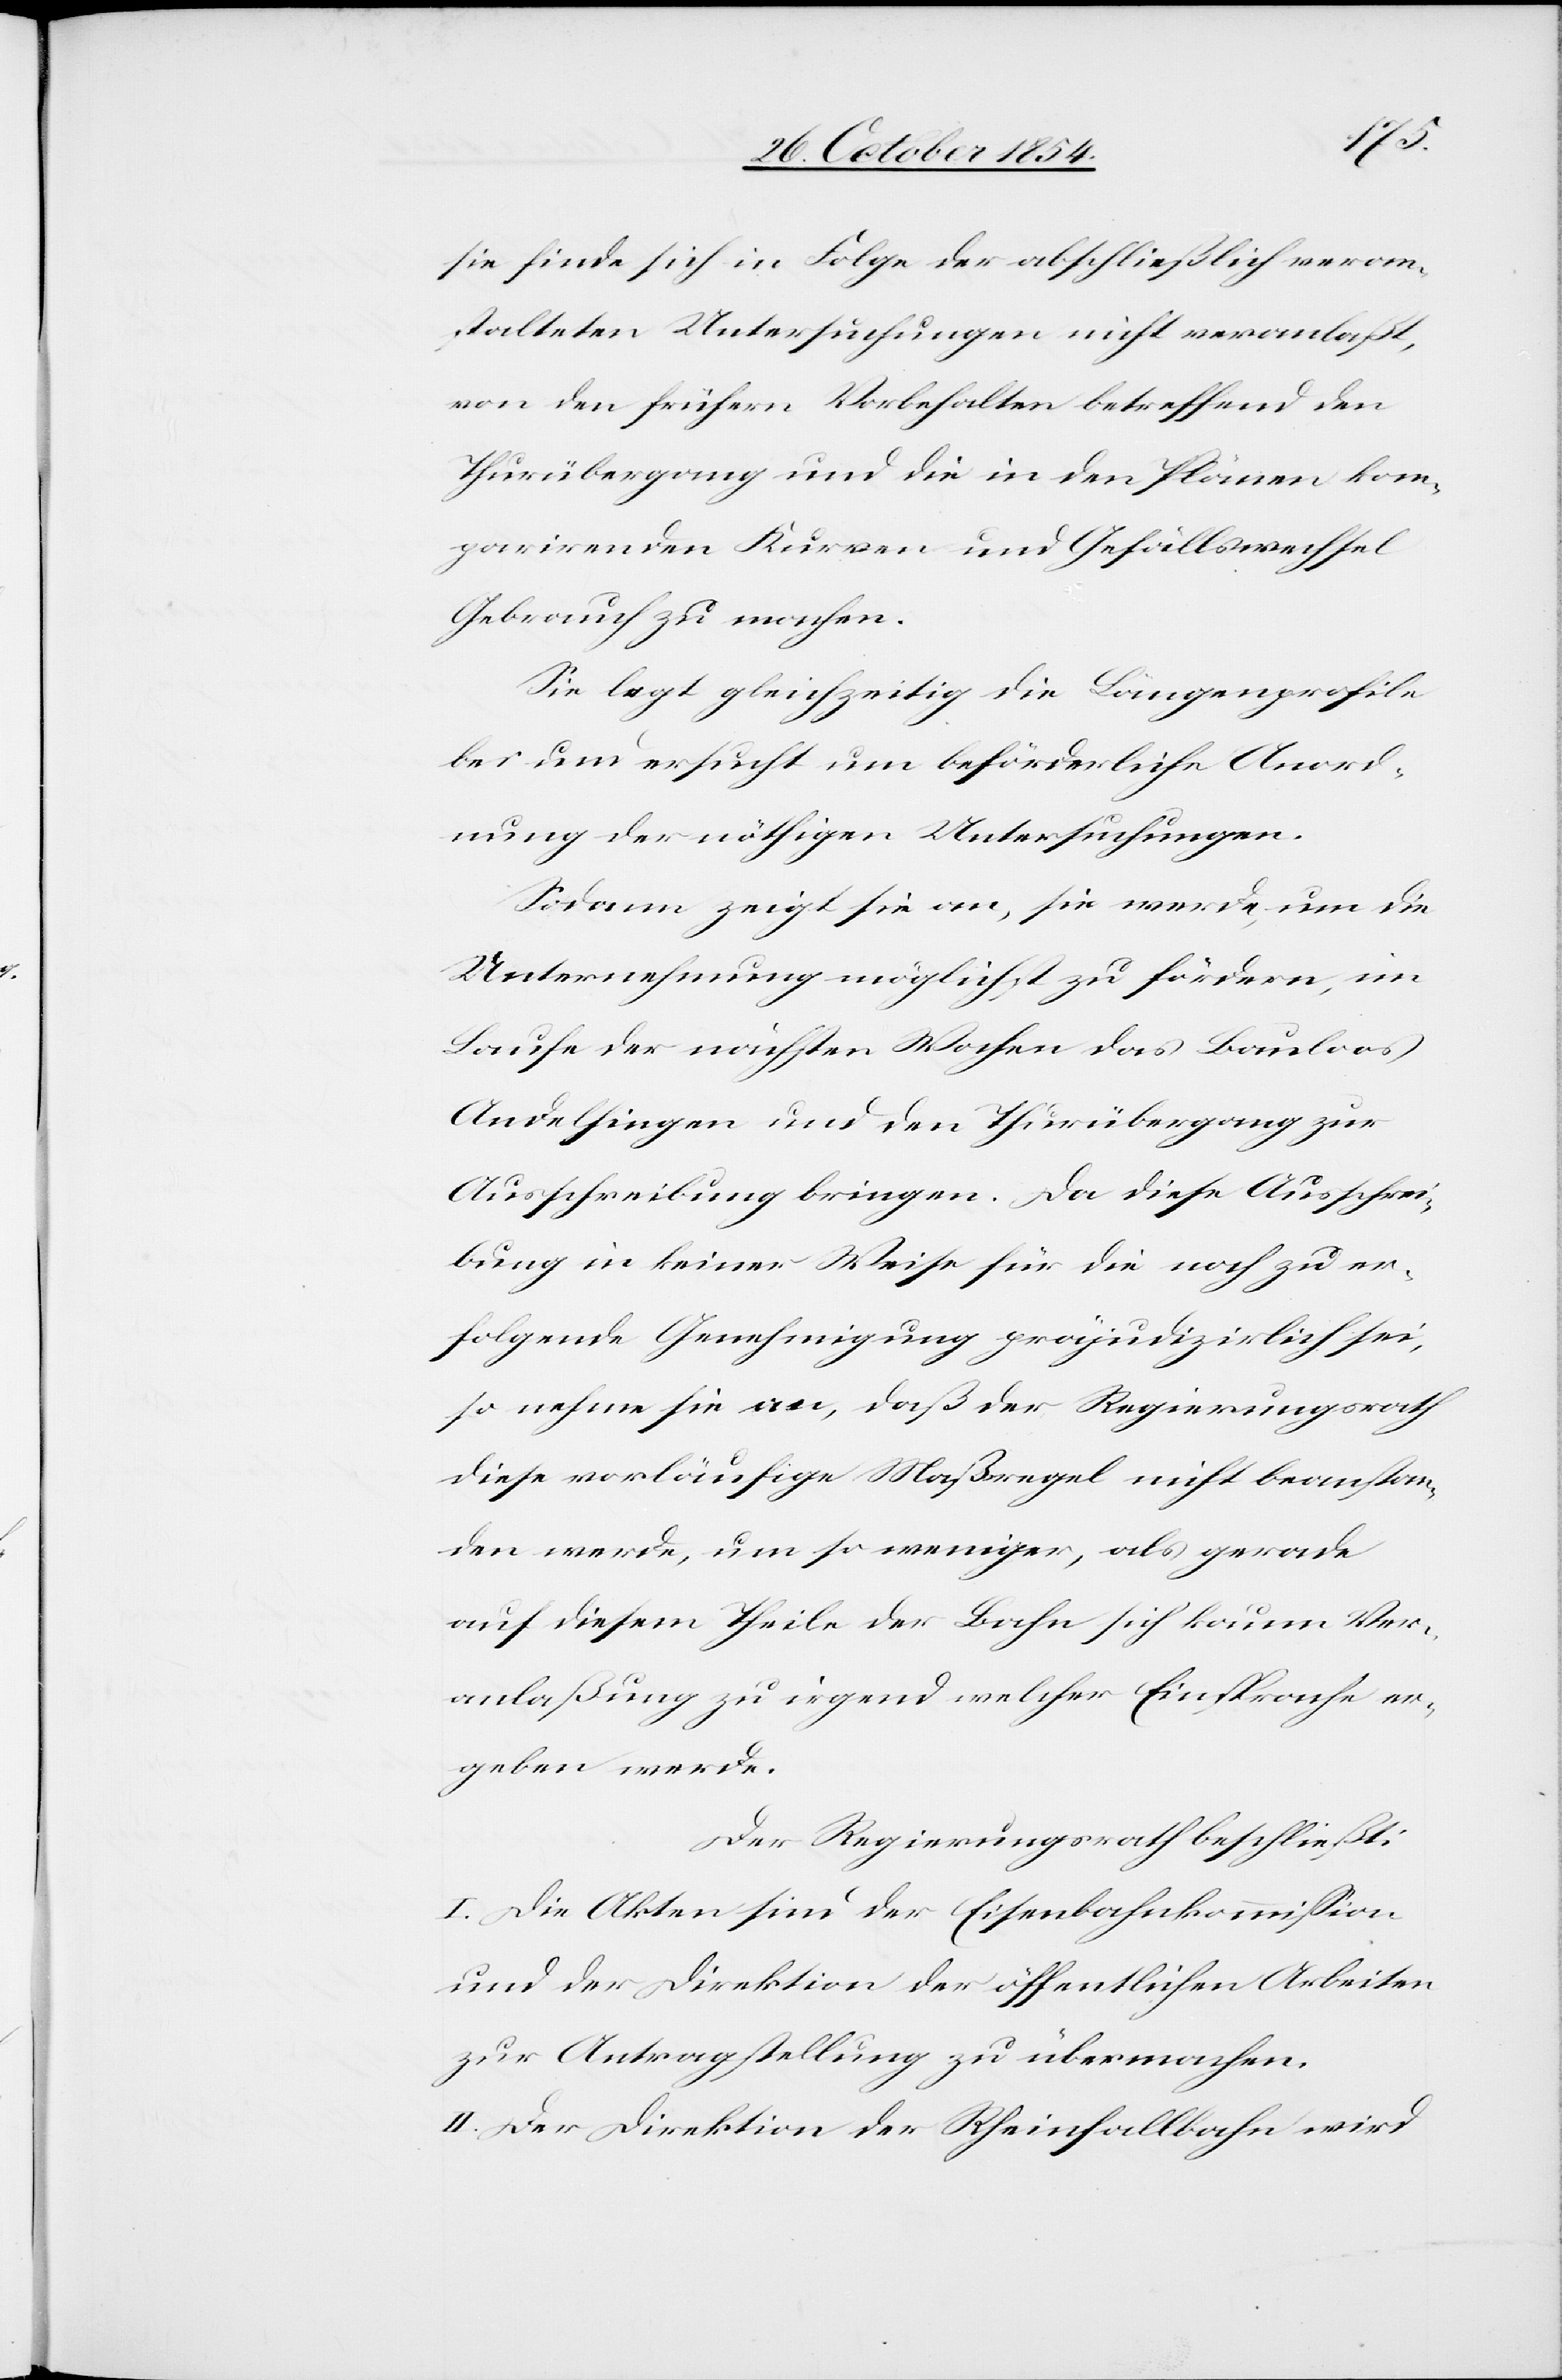
sie finde sich in Folge der abschließlich veran¬
stalteten Untersuchungen nicht veranlaßt,
von den frühern Vorbehalten betreffend den
Thurübergang und die in den Plänen kom¬
parirenden Kurven und Gefällswechsel
Gebrauch zu machen.
Sie legt gleichzeitig die Längenprofile
bei und ersucht um beförderliche Anord¬
nung der nöthigen Untersuchungen.
Sodann zeigt sie an, sie werde, um die
Unternehmung möglichst zu fördern, im
Laufe der nächsten Wochen das Bauloos
Andelfingen und den Thurübergang zur
Ausschreibung bringen. Da diese Ausschrei¬
bung in keiner Weise für die noch zu er¬
folgende Genehmigung präjudizirlich sei,
so nehme sie an, daß der Regierungsrath
diese vorläufige Maßregel nicht beanstan¬
den werde, um so weniger, als gerade
auf diesem Theile der Bahn sich kaum Ver¬
anlaßung zu irgend welcher Einsprache er¬
geben werde.
Der Regierungsrath beschließt:
I. Die Akten seien der Eisenbahnkommißion
und der Direktion der öffentlichen Arbeiten
zur Antragstellung zu übermachen.
II. Der Direktion der Rheinfallbahn wird